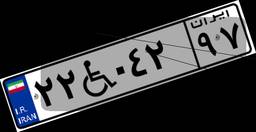
۲۲W۰۴۲۹۷